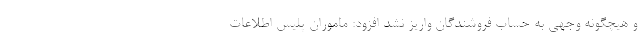
و هیچگونه وجهی به حساب فروشندگان واریز نشد افزود: ماموران پلیس اطلاعات